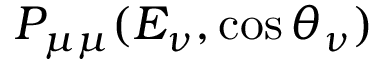
P _ { \mu \mu } ( E _ { \nu } , \cos \theta _ { \nu } )